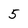
Character: 5